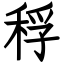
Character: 稃